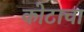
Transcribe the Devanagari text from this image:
कोटाचा